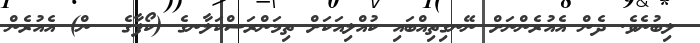
ލިބުނެވެ. ދެން އެއުރެންނަށް ނޭނގިތިއްބައި ކުއްލިއަކަށް ތިމަންރަސްކަލާނގެ (ކޯފާގެ  ން) އެއުރެން